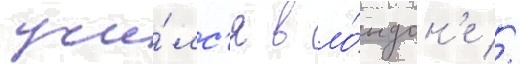
учи́лс'я в ло́ндон'е //